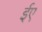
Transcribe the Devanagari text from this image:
ईए